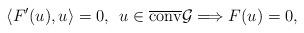
LaTeX: \begin{align*}\left\langle F^{\prime}(u), u\right\rangle=0, \enspace u\in \overline{\operatorname{conv}}\mathcal{G} \Longrightarrow F(u)=0,\end{align*}